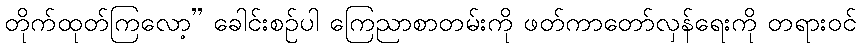
တိုက်ထုတ်ကြလော့” ခေါင်းစဉ်ပါ ကြေညာစာတမ်းကို ဖတ်ကာတော်လှန်ရေးကို တရားဝင်